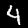
Label: 4